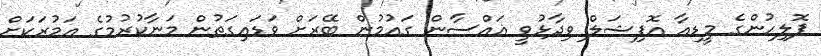
ޕޮލިހުންގެ މީޑިއާ އޮފިޝަލް ވިދާޅުވީ ޣައްސާން ގައުމުން ބޭރަށް ވަޑައިގަތުން މަނާކުރުމުގެ އަމުރަކަށް